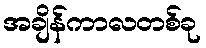
အချိန်ကာလတစ်ခု